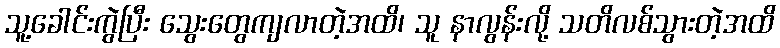
သူ့ခေါင်းကွဲပြီး သွေးတွေကျလာတဲ့အထိ၊ သူ နာလွန်းလို့ သတိလစ်သွားတဲ့အထိ